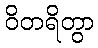
ဝိတရိတွာ